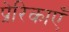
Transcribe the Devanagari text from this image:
प्रेरिकाएँ